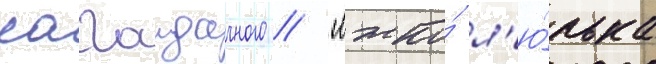
сагаидачного / "лжко́ л'ю́лька